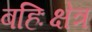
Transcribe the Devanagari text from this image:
बहिःक्षेत्र